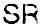
SR